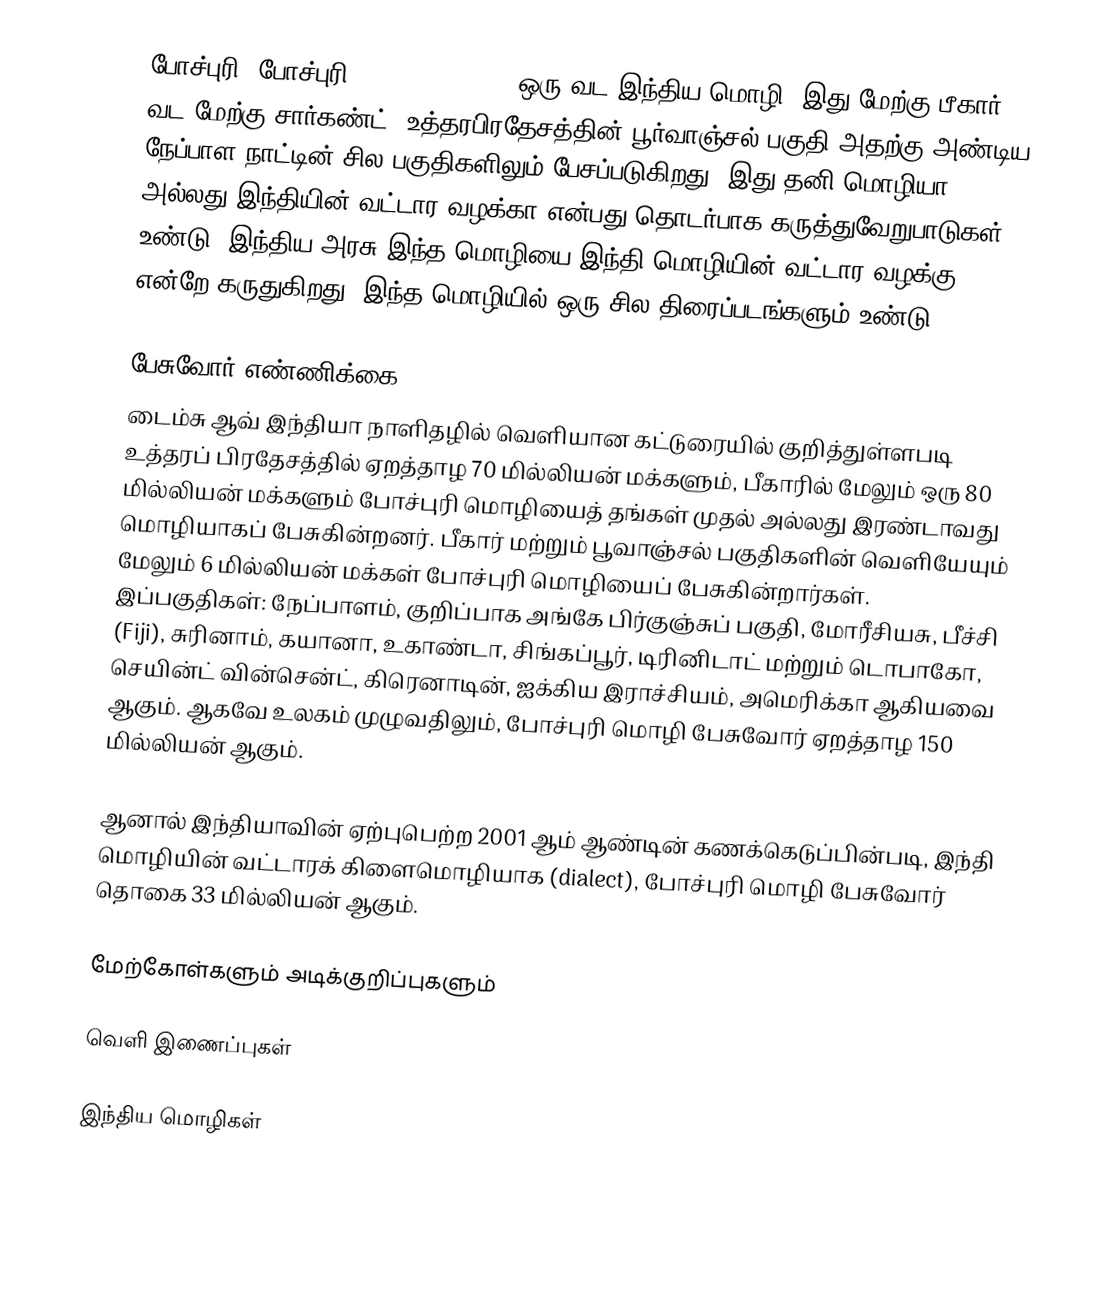
போச்புரி [போச்புரி : 𑂦𑂷𑂔𑂣𑂳𑂩𑂲 𑂦𑂰𑂭𑂰 ]  ஒரு வட இந்திய மொழி. இது மேற்கு பீகார், வட மேற்கு சார்கண்ட், உத்தரபிரதேசத்தின் பூர்வாஞ்சல் பகுதி அதற்கு அண்டிய நேப்பாள நாட்டின் சில பகுதிகளிலும் பேசப்படுகிறது. இது தனி மொழியா அல்லது இந்தியின் வட்டார வழக்கா என்பது தொடர்பாக கருத்துவேறுபாடுகள் உண்டு. இந்திய அரசு இந்த மொழியை இந்தி மொழியின் வட்டார வழக்கு என்றே கருதுகிறது. இந்த மொழியில் ஒரு சில திரைப்படங்களும் உண்டு.

பேசுவோர் எண்ணிக்கை
டைம்சு ஆவ் இந்தியா நாளிதழில் வெளியான கட்டுரையில் குறித்துள்ளபடி உத்தரப் பிரதேசத்தில் ஏறத்தாழ 70 மில்லியன் மக்களும், பீகாரில் மேலும் ஒரு 80 மில்லியன் மக்களும் போச்புரி மொழியைத் தங்கள் முதல் அல்லது இரண்டாவது மொழியாகப் பேசுகின்றனர். பீகார் மற்றும் பூவாஞ்சல் பகுதிகளின் வெளியேயும் மேலும் 6 மில்லியன் மக்கள் போச்புரி மொழியைப் பேசுகின்றார்கள். இப்பகுதிகள்: நேப்பாளம், குறிப்பாக அங்கே பிர்குஞ்சுப் பகுதி, மோரீசியசு, பீச்சி (Fiji), சுரினாம், கயானா, உகாண்டா, சிங்கப்பூர், டிரினிடாட் மற்றும் டொபாகோ, செயின்ட் வின்சென்ட், கிரெனாடின், ஐக்கிய இராச்சியம், அமெரிக்கா ஆகியவை ஆகும். ஆகவே உலகம் முழுவதிலும், போச்புரி மொழி பேசுவோர் ஏறத்தாழ 150 மில்லியன் ஆகும்.

ஆனால் இந்தியாவின் ஏற்புபெற்ற 2001 ஆம் ஆண்டின் கணக்கெடுப்பின்படி, இந்தி மொழியின் வட்டாரக் கிளைமொழியாக (dialect), போச்புரி மொழி பேசுவோர் தொகை 33 மில்லியன் ஆகும்.

மேற்கோள்களும் அடிக்குறிப்புகளும்

வெளி இணைப்புகள்

இந்திய மொழிகள்